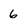
Character: 6